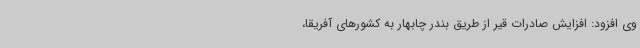
وی افزود: افزایش صادرات قیر از طریق بندر چابهار به کشورهای آفریقا،